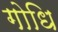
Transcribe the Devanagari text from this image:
गोधि